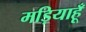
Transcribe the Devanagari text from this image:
मड़ियाहूँ